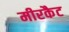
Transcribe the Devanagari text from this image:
मीरकैट